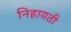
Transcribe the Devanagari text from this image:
निहायती